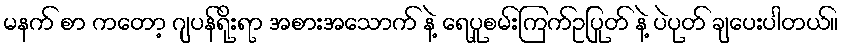
မနက် စာ ကတော့ ဂျပန်ရိုးရာ အစားအသောက် နဲ့ ရေပူစမ်းကြက်ဥပြုတ် နဲ့ ပဲပုတ် ချပေးပါတယ်။